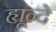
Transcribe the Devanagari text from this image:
ह्यून्दे